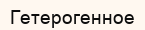
Гетерогенное